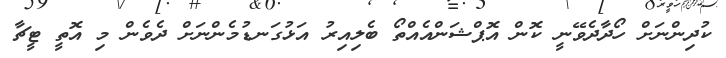
ކުދިންނަށް ހޯދާދެވޭނީ ކޮން އޮޕްޝަންއެއްތޯ ބެލިއިރު އަޅުގަނޑުމެންނަށް ދެވެން މި އޮތީ ޓީޗާ